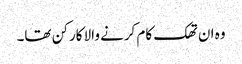
وہ ان تھک کام کرنے والا کارکن تھا۔